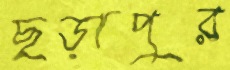
ছড়াপুর